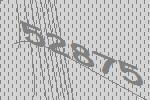
52875